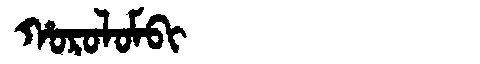
Manchu: ᡥᠣᡵᠣᠯᠣᠮᠪᡳ
Romanization: HOROLOMBI